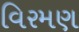
વિરમણ